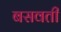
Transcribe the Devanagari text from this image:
बसवती